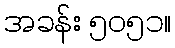
အခန်း ၅၀၅၁။